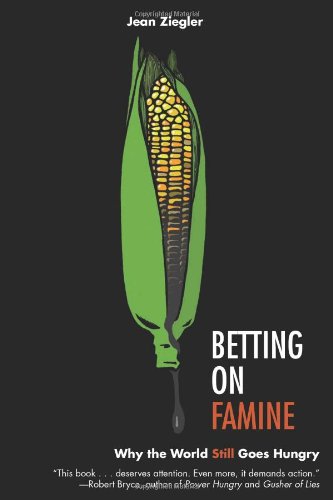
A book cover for Betting on Famine: Why the World Still Goes Hungry; Jean Ziegler; Science & Math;